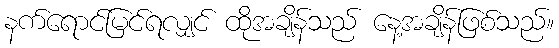
နက်ရောင်မြင်ရလျှင် ထိုအချိန်သည် နေ့အချိန်ဖြစ်သည်။